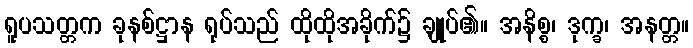
ရူပသတ္တက ခုနစ်ဋ္ဌာန ရုပ်သည် ထိုထိုအခိုက်၌ ချုပ်၏။ အနိစ္စ၊ ဒုက္ခ၊ အနတ္တ။